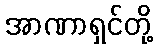
အာဏာရှင်တို့